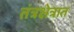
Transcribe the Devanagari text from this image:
तंत्रक्षेत्रात